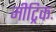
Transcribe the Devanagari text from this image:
मीट्रिकः